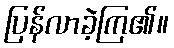
ပြန်လာခဲ့ကြ၏။